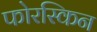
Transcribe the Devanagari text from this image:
फोरस्किन